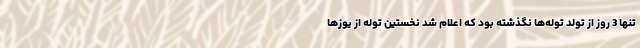
تنها 3 روز از تولد توله‌ها نگذشته بود که اعلام شد نخستین توله از یوزها